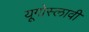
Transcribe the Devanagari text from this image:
यूगोस्लावी